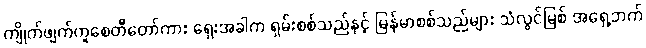
ကျိုက်ဖျက်ကူစေတီတော်ကား ရှေးအခါက ရှမ်းစစ်သည်နှင့် မြန်မာစစ်သည်များ သံလွင်မြစ် အရှေ့ဘက်